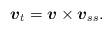
LaTeX: \begin{align*}\mbox{\mathversion{bold}$v$}_{t}=\mbox{\mathversion{bold}$v$}\times \mbox{\mathversion{bold}$v$}_{ss}.\end{align*}